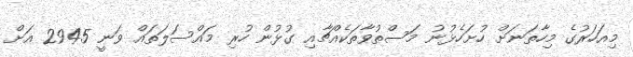
މިއަހަރުގެ މިހާތަނަށް ހުށަހެޅުނު މަސްތުވާތަކެއްޗާއި ގުޅުން ހުރި މައްސަލަތައް ވަނީ 2945 އަށް